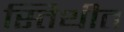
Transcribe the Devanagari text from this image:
स्तिथीत